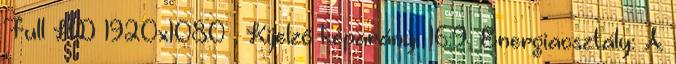
Full HD 1920x1080 , Kijelző képarány: 16:9, Energiaosztály: A